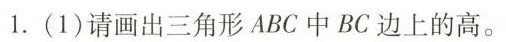
1.(1)请画出三角形ABC中BC边上的高。